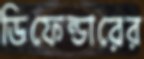
ডিফেন্ডারের